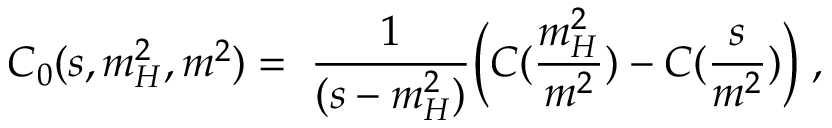
C _ { 0 } ( s , m _ { H } ^ { 2 } , m ^ { 2 } ) = \; \frac { 1 } { ( s - m _ { H } ^ { 2 } ) } \Bigl ( C ( \frac { m _ { H } ^ { 2 } } { m ^ { 2 } } ) - C ( \frac { s } { m ^ { 2 } } ) \Bigr ) \; ,